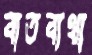
বাতব্যথা